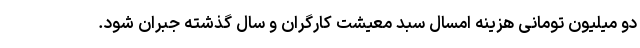
دو میلیون تومانی هزینه امسال سبد معیشت کارگران و سال گذشته جبران شود.